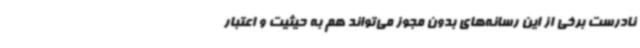
نادرست برخی از این رسانه‌های بدون مجوز می‌تواند هم به حیثیت و اعتبار